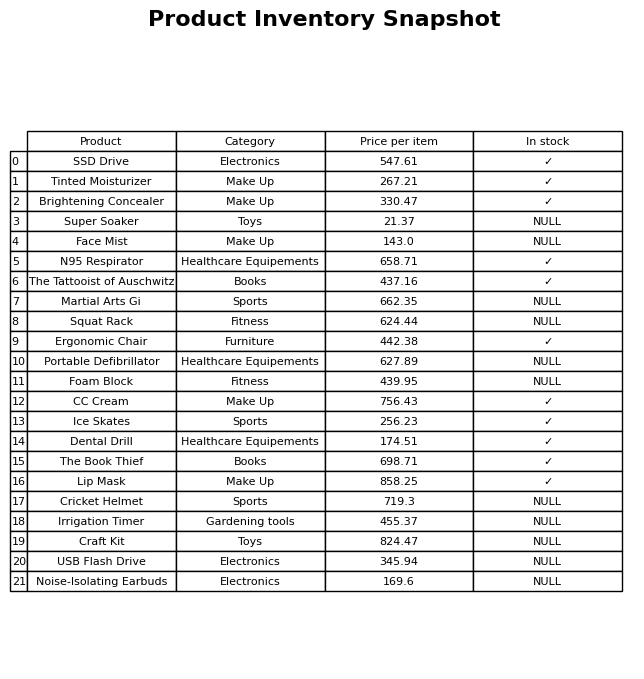
question: What is the price for N95 Respirator?
answer: The price of N95 Respirator is 658.71.